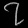
Digit: ၇